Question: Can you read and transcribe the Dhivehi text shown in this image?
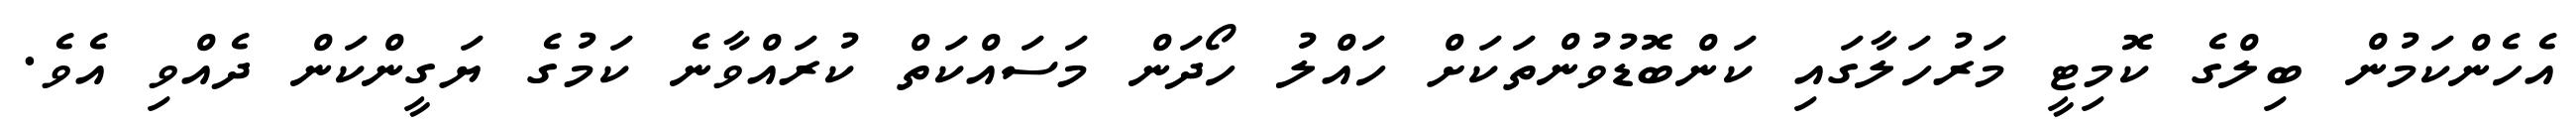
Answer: އެހެންކަމުން ބިލްގެ ކޮމިޓީ މަރުހަލާގައި ކަންބޮޑުވުންތަކަށް ހައްލު ހޯދަން މަސައްކަތް ކުރައްވާނެ ކަމުގެ ޔަގީންކަން ދެއްވި އެވެ.